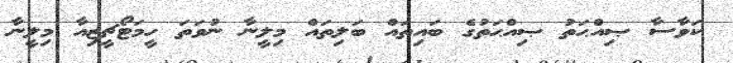
ކަވާސާ ޞިއްޙަތު ޞިއްޙަތުގެ ބައިތައް ބަލިތައް މިލީނާ ނުވަތަ ހީމަޓޯޗީޒިއާ މިލީނާ